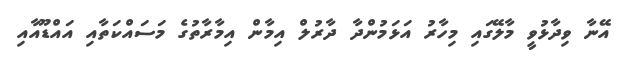
އޭނާ ވިދާޅުވީ މާލޭގައި މިހާރު އަޅަމުންދާ ދާރުލް އިމާން އިމާރާތުގެ މަސައްކަތާއި އައްޑޫއާއި